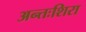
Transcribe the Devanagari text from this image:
अन्तःशिरा